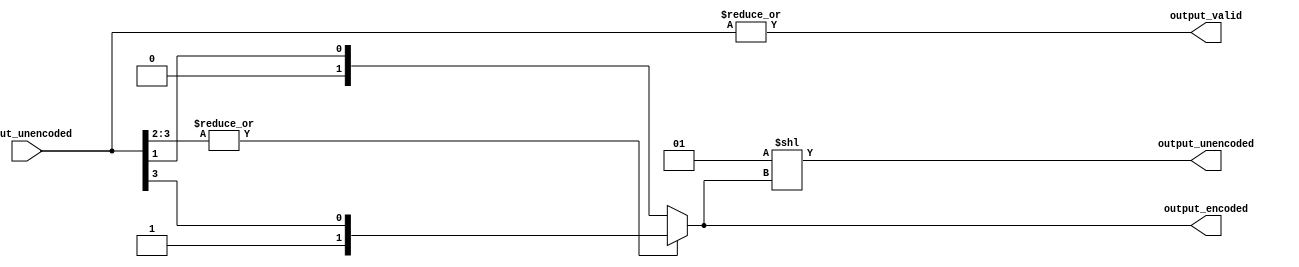
// This program was cloned from: https://github.com/ucsdsysnet/Rosebud
// License: MIT License

/*

Copyright (c) 2014-2021 Alex Forencich

Permission is hereby granted, free of charge, to any person obtaining a copy
of this software and associated documentation files (the "Software"), to deal
in the Software without restriction, including without limitation the rights
to use, copy, modify, merge, publish, distribute, sublicense, and/or sell
copies of the Software, and to permit persons to whom the Software is
furnished to do so, subject to the following conditions:

The above copyright notice and this permission notice shall be included in
all copies or substantial portions of the Software.

THE SOFTWARE IS PROVIDED "AS IS", WITHOUT WARRANTY OF ANY KIND, EXPRESS OR
IMPLIED, INCLUDING BUT NOT LIMITED TO THE WARRANTIES OF MERCHANTABILITY
FITNESS FOR A PARTICULAR PURPOSE AND NONINFRINGEMENT. IN NO EVENT SHALL THE
AUTHORS OR COPYRIGHT HOLDERS BE LIABLE FOR ANY CLAIM, DAMAGES OR OTHER
LIABILITY, WHETHER IN AN ACTION OF CONTRACT, TORT OR OTHERWISE, ARISING FROM,
OUT OF OR IN CONNECTION WITH THE SOFTWARE OR THE USE OR OTHER DEALINGS IN
THE SOFTWARE.

*/

// Language: Verilog 2001

`resetall
`timescale 1ns / 1ps
`default_nettype none

/*
 * Priority encoder module
 */
module priority_encoder #
(
    parameter WIDTH = 4,
    // LSB priority selection
    parameter LSB_HIGH_PRIORITY = 0
)
(
    input  wire [WIDTH-1:0]         input_unencoded,
    output wire                     output_valid,
    output wire [$clog2(WIDTH)-1:0] output_encoded,
    output wire [WIDTH-1:0]         output_unencoded
);

parameter LEVELS = WIDTH > 2 ? $clog2(WIDTH) : 1;
parameter W = 2**LEVELS;

// pad input to even power of two
wire [W-1:0] input_padded = {{W-WIDTH{1'b0}}, input_unencoded};

wire [W/2-1:0] stage_valid[LEVELS-1:0];
wire [W/2-1:0] stage_enc[LEVELS-1:0];

generate
    genvar l, n;

    // process input bits; generate valid bit and encoded bit for each pair
    for (n = 0; n < W/2; n = n + 1) begin : loop_in
        assign stage_valid[0][n] = |input_padded[n*2+1:n*2];
        if (LSB_HIGH_PRIORITY) begin
            // bit 0 is highest priority
            assign stage_enc[0][n] = !input_padded[n*2+0];
        end else begin
            // bit 0 is lowest priority
            assign stage_enc[0][n] = input_padded[n*2+1];
        end
    end

    // compress down to single valid bit and encoded bus
    for (l = 1; l < LEVELS; l = l + 1) begin : loop_levels
        for (n = 0; n < W/(2*2**l); n = n + 1) begin : loop_compress
            assign stage_valid[l][n] = |stage_valid[l-1][n*2+1:n*2];
            if (LSB_HIGH_PRIORITY) begin
                // bit 0 is highest priority
                assign stage_enc[l][(n+1)*(l+1)-1:n*(l+1)] = stage_valid[l-1][n*2+0] ? {1'b0, stage_enc[l-1][(n*2+1)*l-1:(n*2+0)*l]} : {1'b1, stage_enc[l-1][(n*2+2)*l-1:(n*2+1)*l]};
            end else begin
                // bit 0 is lowest priority
                assign stage_enc[l][(n+1)*(l+1)-1:n*(l+1)] = stage_valid[l-1][n*2+1] ? {1'b1, stage_enc[l-1][(n*2+2)*l-1:(n*2+1)*l]} : {1'b0, stage_enc[l-1][(n*2+1)*l-1:(n*2+0)*l]};
            end
        end
    end
endgenerate

assign output_valid = stage_valid[LEVELS-1];
assign output_encoded = stage_enc[LEVELS-1];
assign output_unencoded = 1 << output_encoded;

endmodule

`resetall